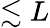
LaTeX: \lesssim L